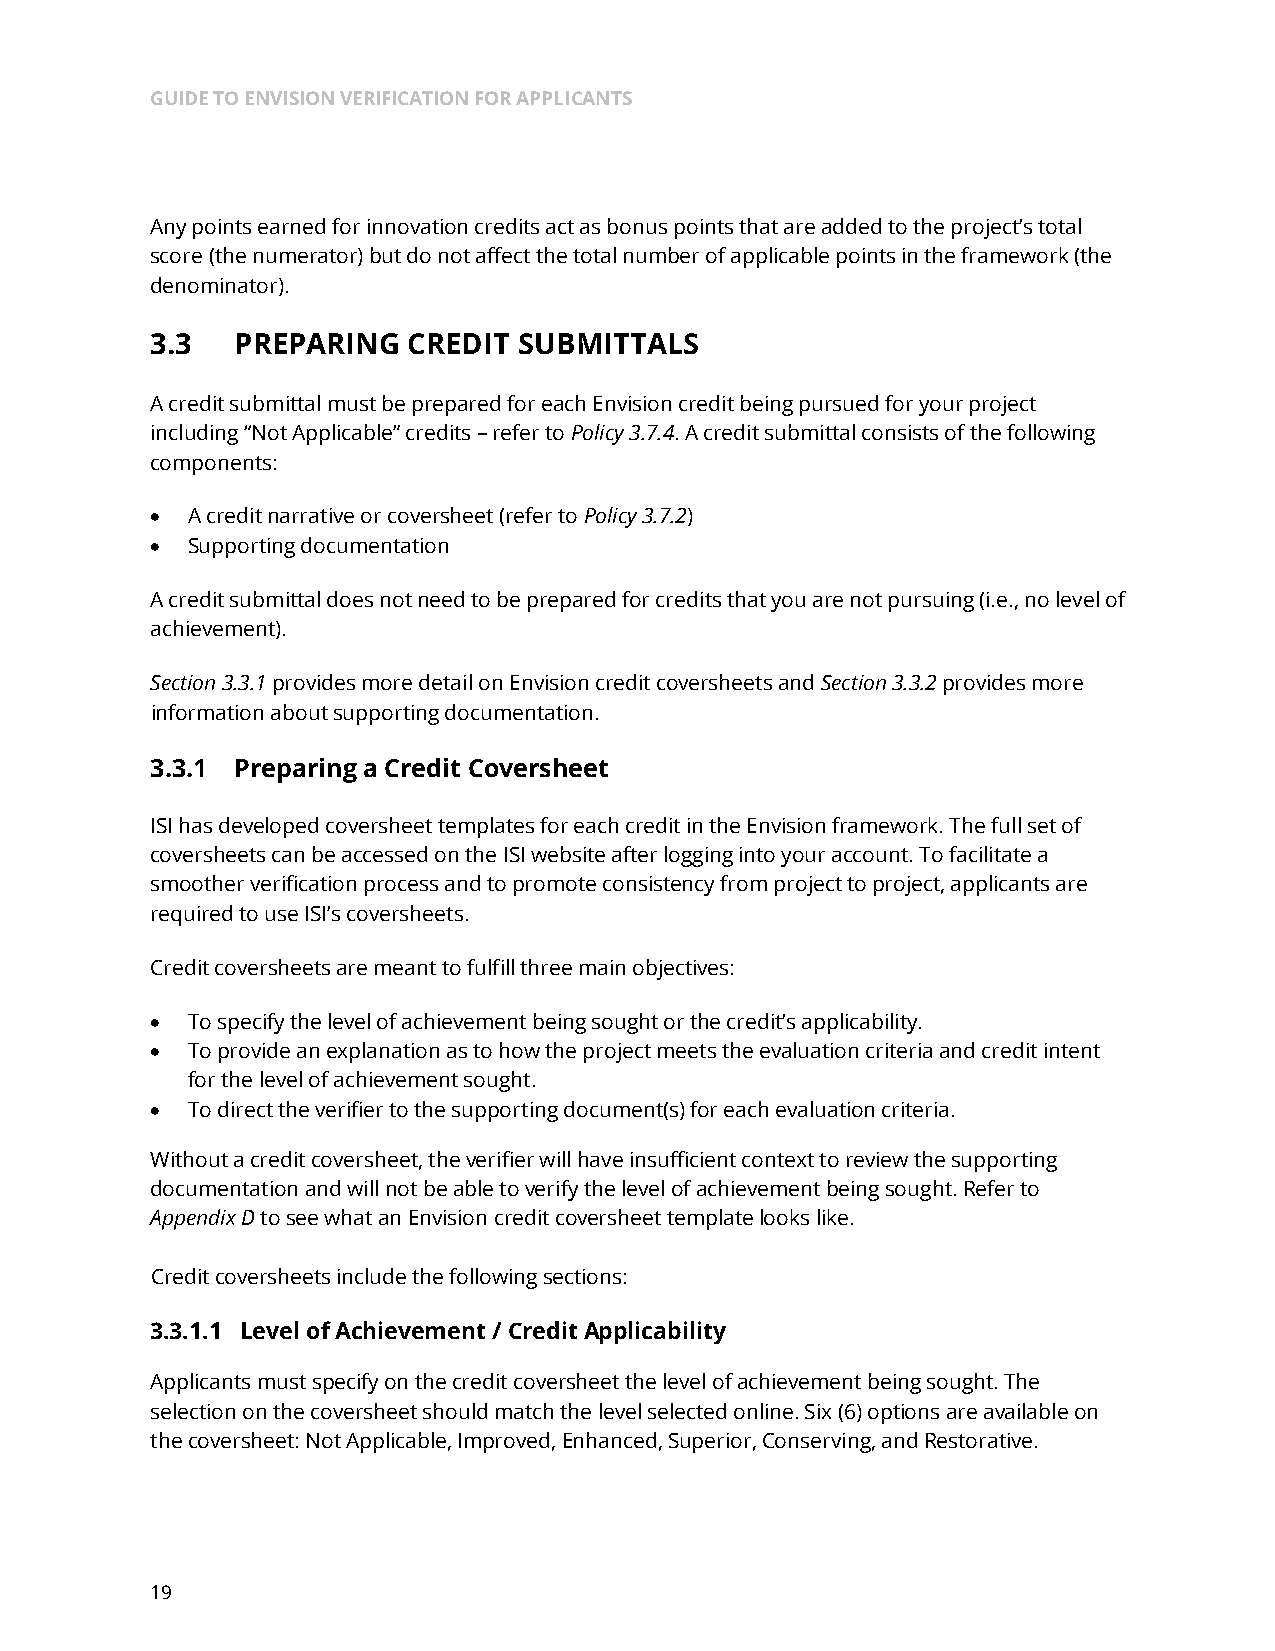
GUIDE TO ENVISION VERIFICATION FOR APPLICANTS
 Any points earned for innovation credits act as bonus points that are added to the project’s total
 score (the numerator) but do not affect the total number of applicable points in the framework (the
 denominator).
 3.3   PREPARING  CREDIT SUBMITTALS
 A credit submittal must be prepared for each Envision credit being pursued for your project
 including “Not Applicable” credits – refer to Policy 3.7.4. A credit submittal consists of the following
 components:
 • A credit narrative or coversheet (refer to Policy 3.7.2)
 • Supporting documentation
 A credit submittal does not need to be prepared for credits that you are not pursuing (i.e., no level of
 achievement).
 Section 3.3.1 provides more detail on Envision credit coversheets and Section 3.3.2 provides more
 information about supporting documentation.
 3.3.1 Preparing a Credit Coversheet
 ISI has developed coversheet templates for each credit in the Envision framework. The full set of
 coversheets can be accessed on the ISI website after logging into your account. To facilitate a
 smoother verification process and to promote consistency from project to project, applicants are
 required to use ISI’s coversheets.
 Credit coversheets are meant to fulfill three main objectives:
 • To specify the level of achievement being sought or the credit’s applicability.
 • To provide an explanation as to how the project meets the evaluation criteria and credit intent
 for the level of achievement sought.
 • To direct the verifier to the supporting document(s) for each evaluation criteria.
 Without a credit coversheet, the verifier will have insufficient context to review the supporting
 documentation and will not be able to verify the level of achievement being sought. Refer to
 Appendix D to see what an Envision credit coversheet template looks like.
 Credit coversheets include the following sections:
 3.3.1.1 Level of Achievement / Credit Applicability
 Applicants must specify on the credit coversheet the level of achievement being sought. The
 selection on the coversheet should match the level selected online. Six (6) options are available on
 the coversheet: Not Applicable, Improved, Enhanced, Superior, Conserving, and Restorative.
 19